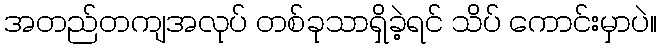
အတည်တကျအလုပ် တစ်ခုသာရှိခဲ့ရင် သိပ် ကောင်းမှာပဲ။